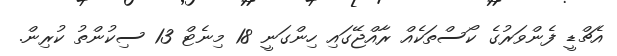
އެޗްޑީ ފެންވަރުގެ ކޯސްތަކެއް ރާއްޖޭގައި ހިންގަނީ 18 މިނެޓް 13 ސިކުންތު ކުރިން.